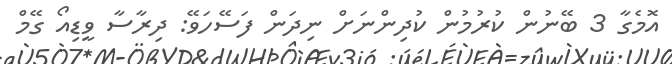
އޮމެގާ 3 ބޭނުން ކުރުމުން ކުދިންނަށް ނިދަން ފަސޭހަވޭ: ދިރާސާ ވީޑިއޯ ގޭމް